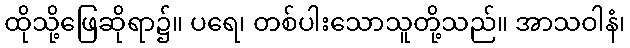
ထိုသို့ဖြေဆိုရာ၌။ ပရေ၊ တစ်ပါးသောသူတို့သည်။ အာသဝါနံ၊